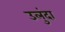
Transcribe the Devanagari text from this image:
उलुंदा